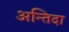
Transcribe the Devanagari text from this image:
अन्तिदा